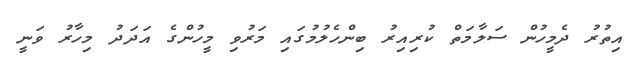
އިތުރު ދެމީހުން ސަލާމަތް ކުރިއިރު ބިންހެލުމުގައި މަރުވި މީހުންގެ އަދަދު މިހާރު ވަނީ